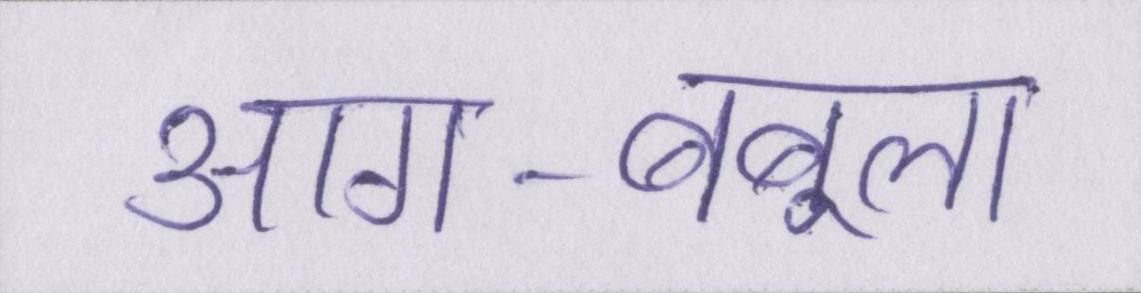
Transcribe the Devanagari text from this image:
आग-बबूला